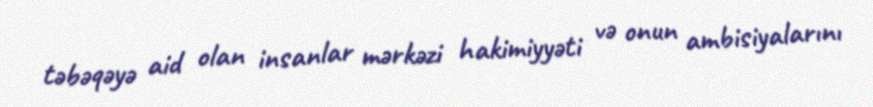
təbəqəyə aid olan insanlar mərkəzi hakimiyyəti və onun ambisiyalarını